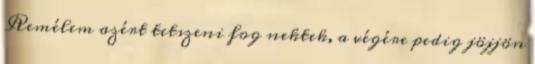
Remélem azért tetszeni fog nektek, a végére pedig jöjjön